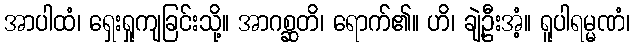
အာပါထံ၊ ရှေးရှုကျခြင်းသို့။ အာဂစ္ဆတိ၊ ရောက်၏။ ဟိ၊ ချဲ့ဦးအံ့။ ရူပါရမ္မဏံ၊